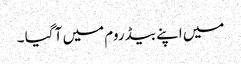
میں اپنے بیڈ روم میں آ گیا ۔